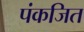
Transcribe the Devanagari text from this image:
पंकजित